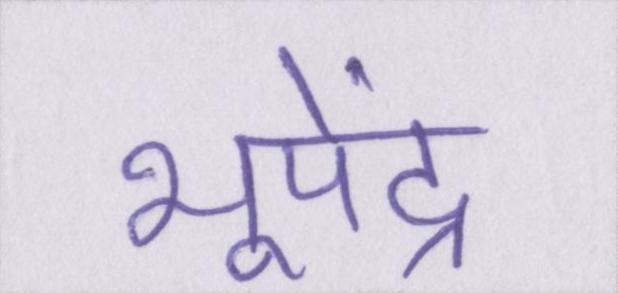
भूपेंद्र